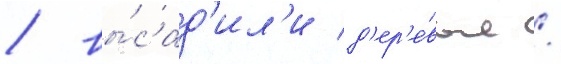
/ вы́сад'ил'и д'ер'е́вья /